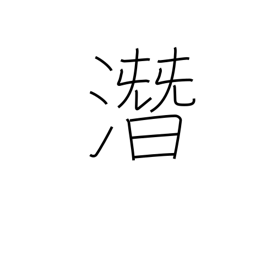
Meaning: hush